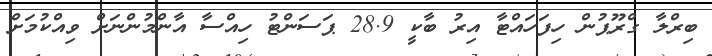
ބިރްލާ ގްރޫޕުން ހިފަހައްޓާ އިރު ބާކީ 28.9 ޕަސަންޓު ހިއްސާ އާންމުންނަށް ވިއްކުމަށް